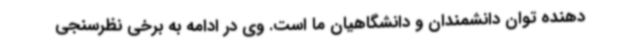
دهنده توان دانشمندان و دانشگاهیان ما است. وی در ادامه به برخی نظرسنجی